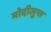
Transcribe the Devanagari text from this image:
मोदीलुप्त